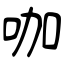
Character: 咖